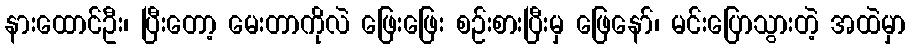
နားထောင်ဦး၊ ပြီးတော့ မေးတာကိုလဲ ဖြေးဖြေး စဉ်းစားပြီးမှ ဖြေနော်၊ မင်းပြောသွားတဲ့ အထဲမှာ